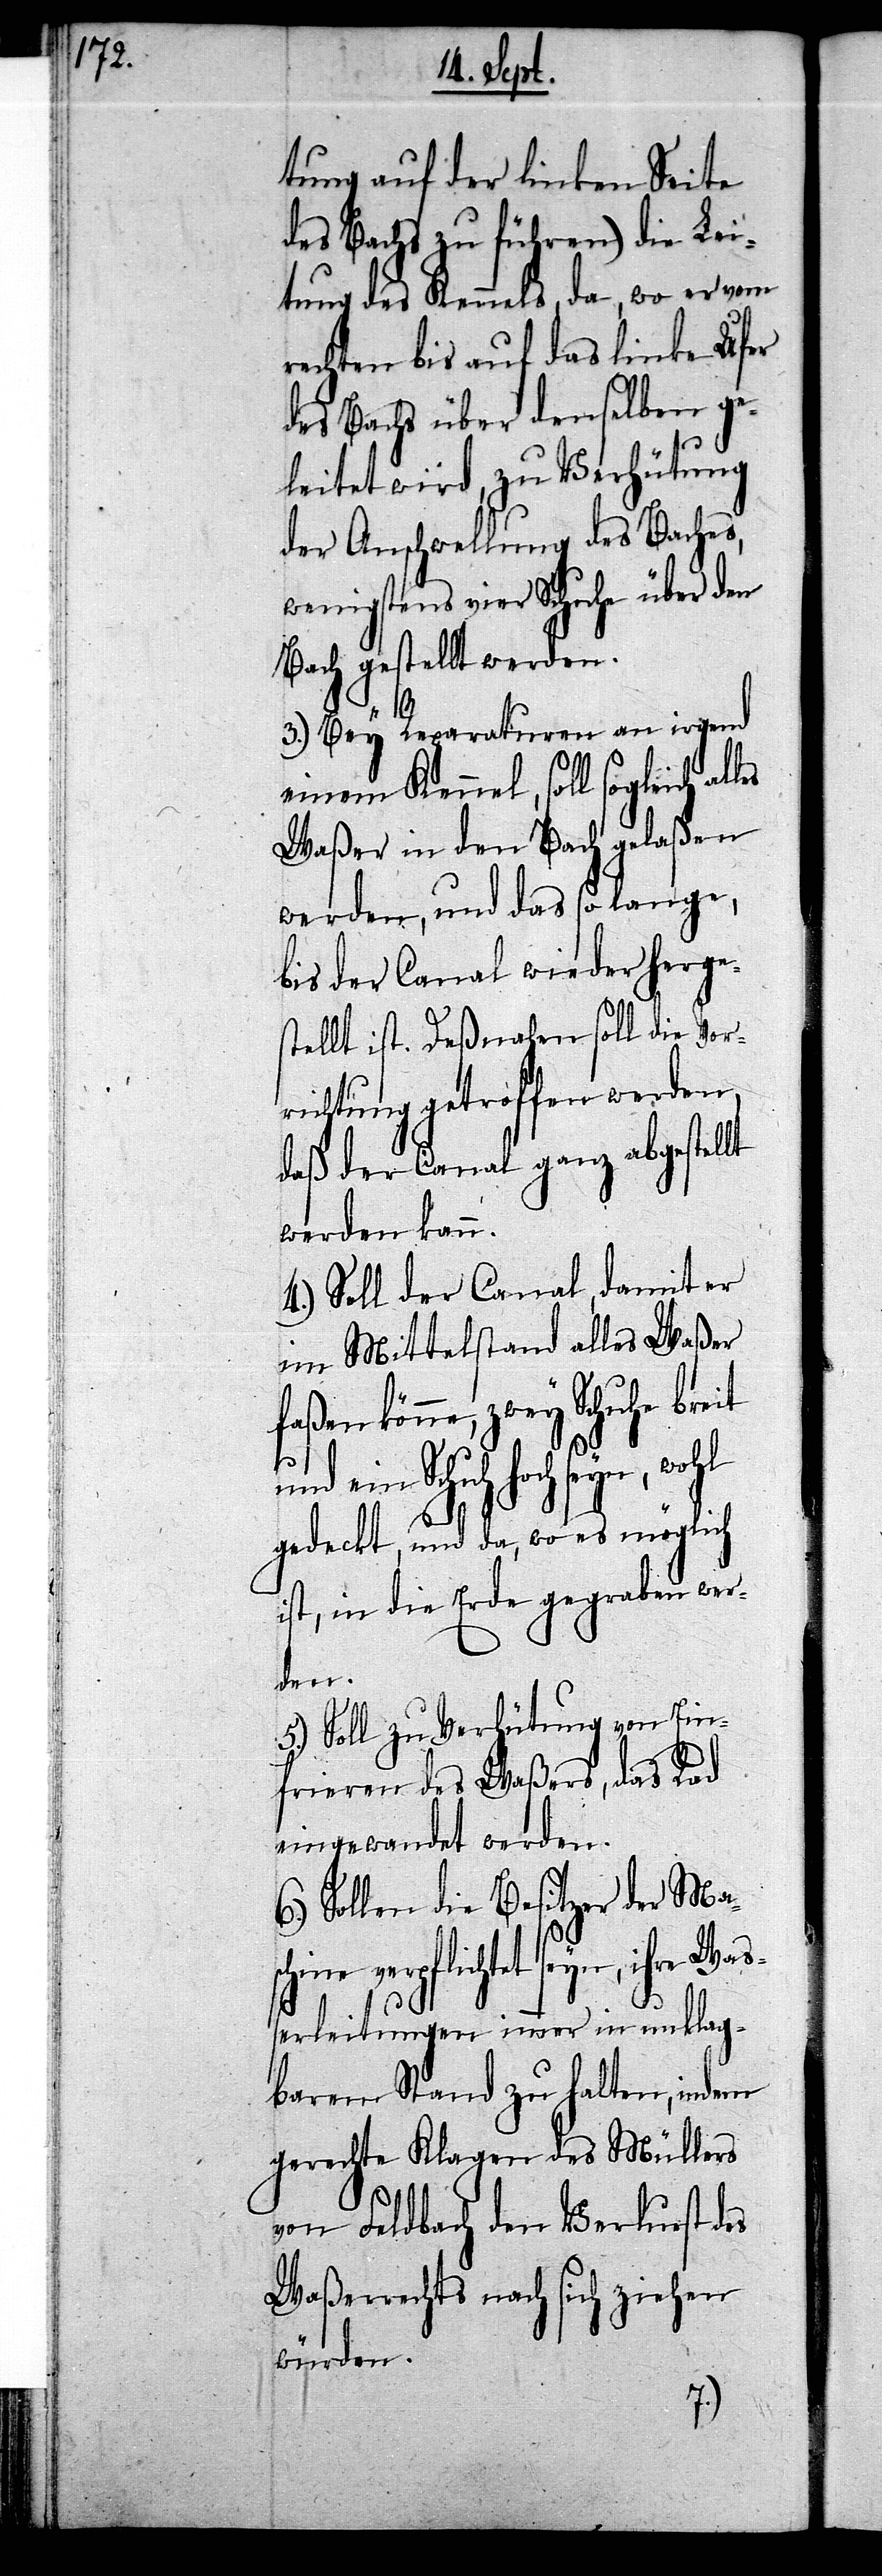
tung auf der linken Seite
des Bachs zu führen) die Lei¬
tung des Kennels, da, wo er vom
rechten bis auf das linke Ufer
des Bachs über denselben ge¬
leitet wird, zu Verhütung
der Anschwellung des Baches,
wenigstens vier Schuhe über den
Bach gestellt werden.
3.) Bey Reparaturen an irgend
einem Kennel, soll sogleich al¬
Waßer in den Bach gelaßen
werden, und das so lange,
bis der Canal wieder herge¬
stellt ist. Deßnahen soll die Vor¬
richtung getroffen werden,
daß der Canal ganz abgestellt
werden kann.
4.) Soll der Canal, damit er
im Mittelstand alles Waßer
faßen könne, zwey Schuhe breit
ine verpflichtet seyn, ihre
gedeckt, und da, wo es möglich
ist, in die Erde gegraben wer¬
den.
5.) Soll zu Verhütung von Ein¬
Waß¬
frieren des Waßers, das Rad
eingewandet werden.
6.) Sollen die Besitzer der Ma¬
erleitungen immer in unklag¬
barem Stand zu halten, indem
gerechte Klagen des Müllers
von Feldbach den Verlurst des
Waßerrechts nach sich ziehen
würden.